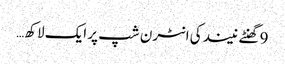
9 گھنٹے نیند کی انٹرن شپ پر ایک لاکھ…